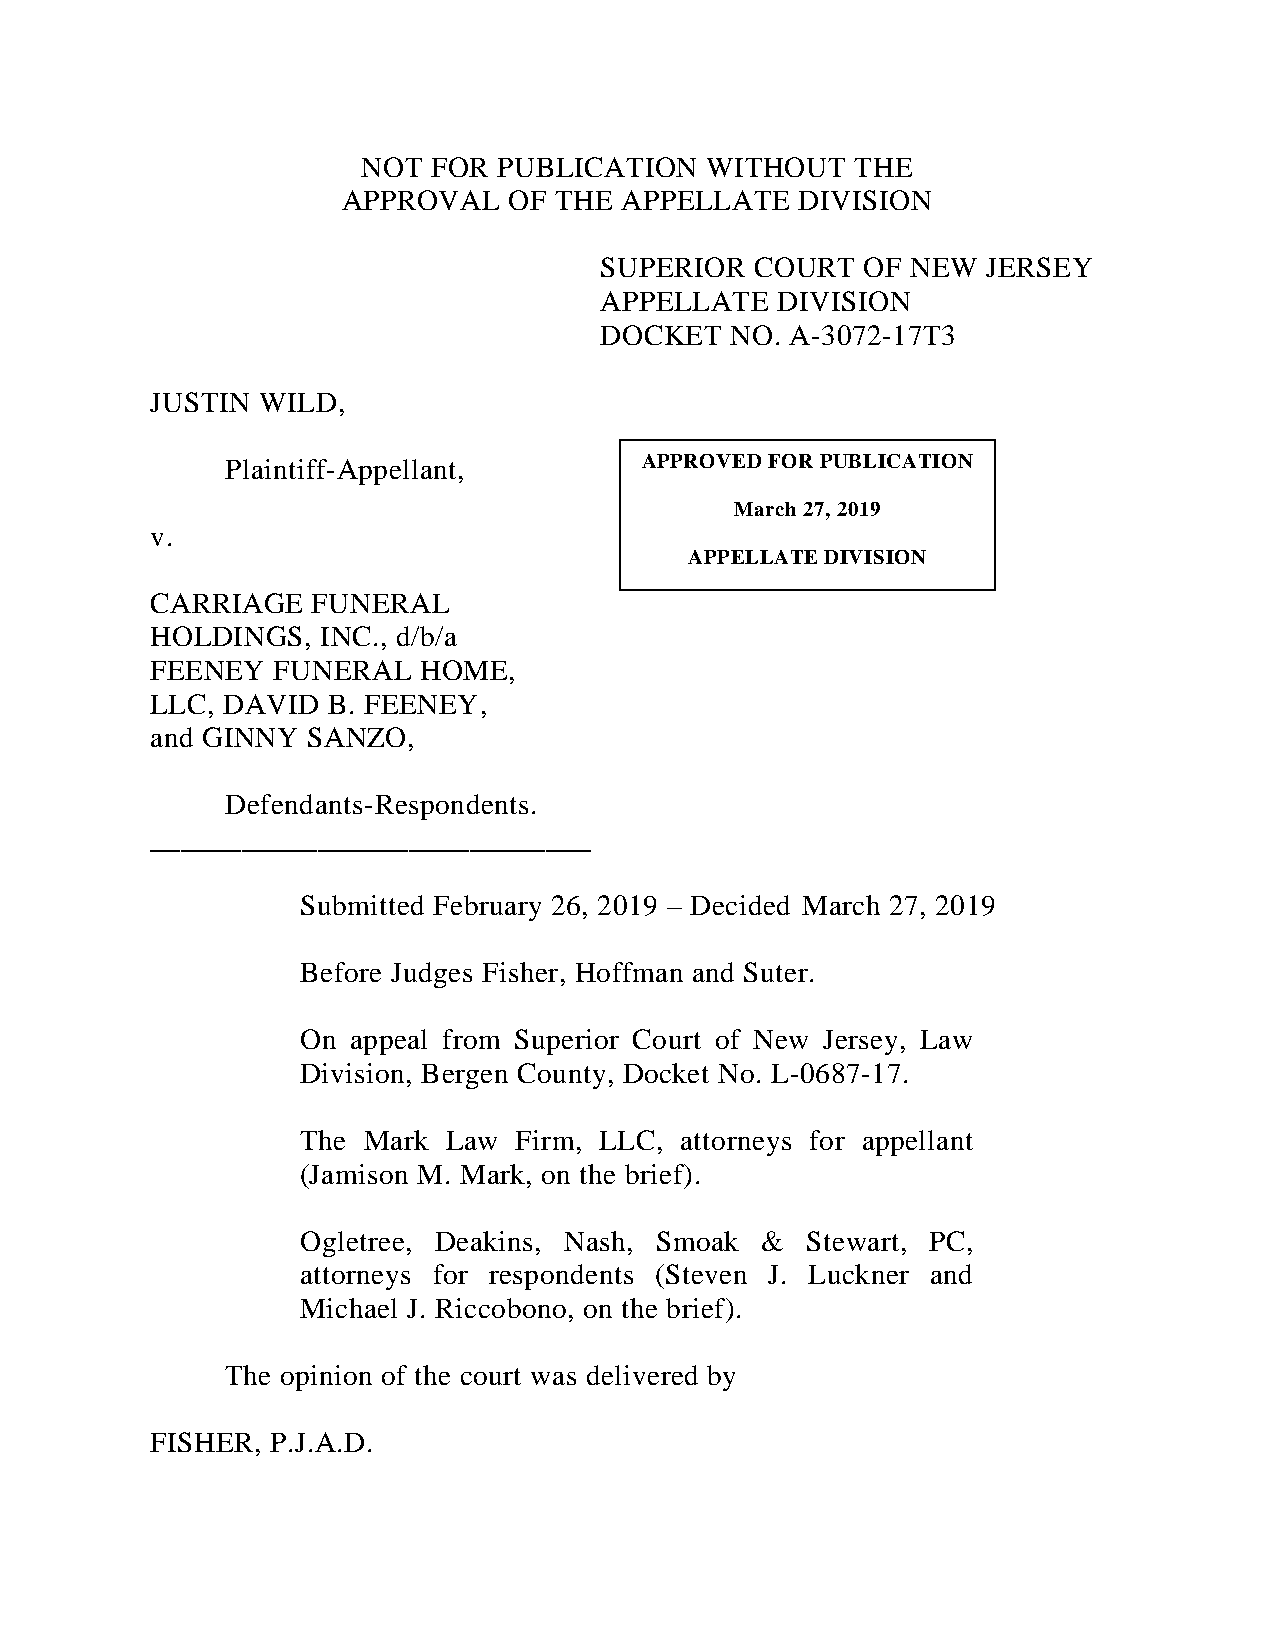
NOT  FOR PUBLICATION   WITHOUT   THE
 APPROVAL   OF THE APPELLATE   DIVISION
 SUPERIOR  COURT  OF NEW  JERSEY
 APPELLATE  DIVISION
 DOCKET  NO. A-3072-17T3
 JUSTIN WILD,
 Plaintiff-Appellant,       APP ROVED FOR PUBLICATION
 March 27, 2019
 v.
 APPELLATE DIVISION
 CARRIAGE   FUNERAL
 HOLDINGS,  INC., d/b/a
 FEENEY  FUNERAL   HOME,
 LLC, DAVID  B. FEENEY,
 and GINNY SANZO,
 Defendants-Respondents.
 _____________________________
 Submitted February 26, 2019 – Decided March 27, 2019
 Before Judges Fisher, Hoffman and Suter.
 On appeal from Superior Court of New Jersey, Law
 Division, Bergen County, Docket No. L-0687-17.
 The Mark  Law Firm, LLC, attorneys for appellant
 (Jamison M. Mark, on the brief).
 Ogletree, Deakins, Nash, Smoak & Stewart, PC,
 attorneys for respondents (Steven J. Luckner and
 Michael J. Riccobono, on the brief).
 The opinion of the court was delivered by
 FISHER, P.J.A.D.